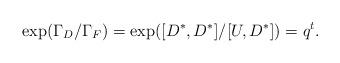
LaTeX: \begin{align*}\exp(\Gamma_D/\Gamma_F)=\exp([D^*,D^*]/[U,D^*])=q^t.\end{align*}